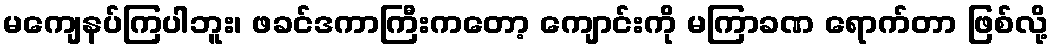
မကျေနပ်ကြပါဘူး၊ ဖခင်ဒကာကြီးကတော့ ကျောင်းကို မကြာခဏ ရောက်တာ ဖြစ်လို့